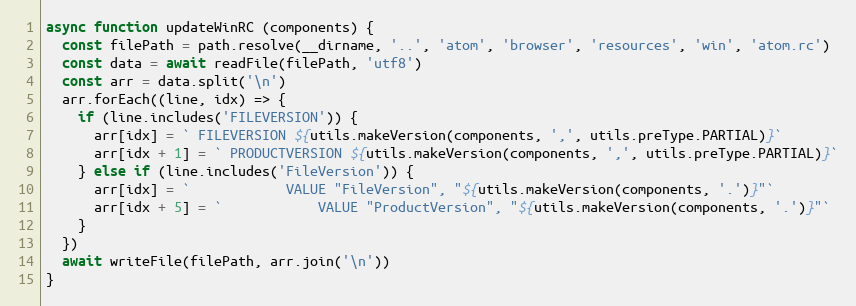
Language: JavaScript
async function updateWinRC (components) {
  const filePath = path.resolve(__dirname, '..', 'atom', 'browser', 'resources', 'win', 'atom.rc')
  const data = await readFile(filePath, 'utf8')
  const arr = data.split('\n')
  arr.forEach((line, idx) => {
    if (line.includes('FILEVERSION')) {
      arr[idx] = ` FILEVERSION ${utils.makeVersion(components, ',', utils.preType.PARTIAL)}`
      arr[idx + 1] = ` PRODUCTVERSION ${utils.makeVersion(components, ',', utils.preType.PARTIAL)}`
    } else if (line.includes('FileVersion')) {
      arr[idx] = `            VALUE "FileVersion", "${utils.makeVersion(components, '.')}"`
      arr[idx + 5] = `            VALUE "ProductVersion", "${utils.makeVersion(components, '.')}"`
    }
  })
  await writeFile(filePath, arr.join('\n'))
}